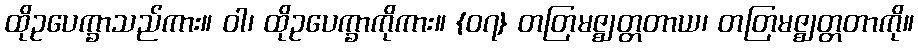
ထိုဥပေက္ခာသည်ကား။ ဝါ၊ ထိုဥပေက္ခာကိုကား။ {၀၇} တတြမဇ္ဈတ္တတာယ၊ တတြမဇ္ဈတ္တတာကို။